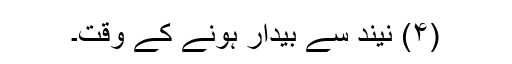
(۴) نیند سے بیدار ہونے کے وقت۔